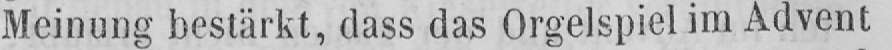
Meinung bestärkt, dass das Orgelspiel im Advent